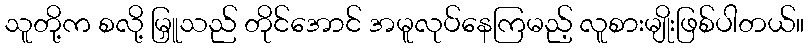
သူတို့က စလို့ မြှူသည် တိုင်အောင် အမူလုပ်နေကြမည့် လူစားမျိုးဖြစ်ပါတယ်။